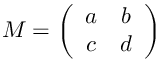
M = \left( \begin{array} { c c } { { a } } & { { b } } \\ { { c } } & { { d } } \end{array} \right)